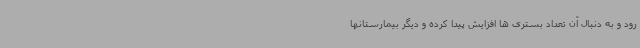
رود و به دنبال آن تعداد بستری ها افزایش پیدا کرده و دیگر بیمارستانها